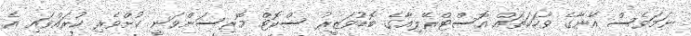
ނަމަވެސް އޭނާގެ ވާހަކަތައް އޮސްޓްރޭލިއާގެ ބޮޑުވަޒީރު ސްކޮޓް މޮރިސަންވަނީ ކުށްވެރި ކުރައްވައި އެ